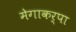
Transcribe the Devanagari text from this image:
मेगाकर्पा